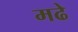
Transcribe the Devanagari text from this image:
मढे